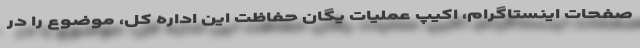
صفحات اینستاگرام، اکیپ عملیات یگان حفاظت این اداره کل، موضوع را در